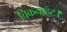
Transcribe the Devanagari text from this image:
चिकनाहट।